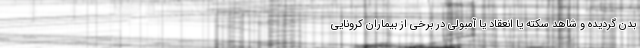
بدن گردیده و شاهد سکته یا انعقاد یا آمبولی در برخی از بیماران کرونایی